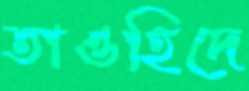
তাওহিদে